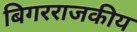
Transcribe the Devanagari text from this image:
बिगरराजकीय